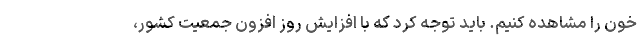
خون را مشاهده کنیم. باید توجه کرد که با افزایش روز افزون جمعیت کشور،